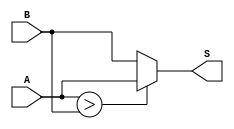
module compara_Maximo  (A,B,S);

input [7:0] A,B;

output [7:0] S;

assign S =(A>B)?A:B;

endmodule